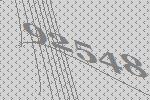
92548